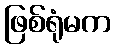
ဖြစ်ရုံမက